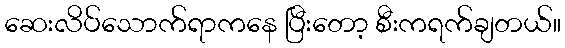
ဆေးလိပ်သောက်ရာကနေ ပြီးတော့ စီးကရက်ချတယ်။